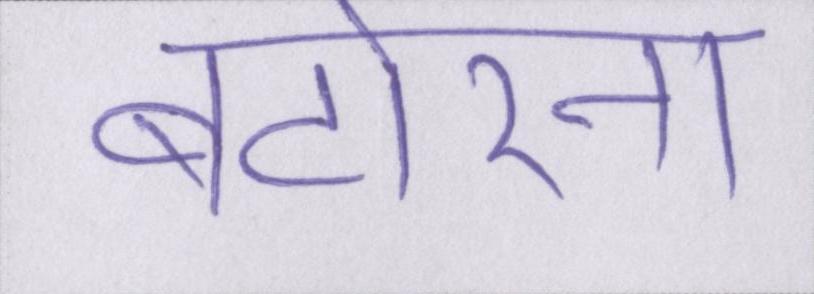
बटोरना